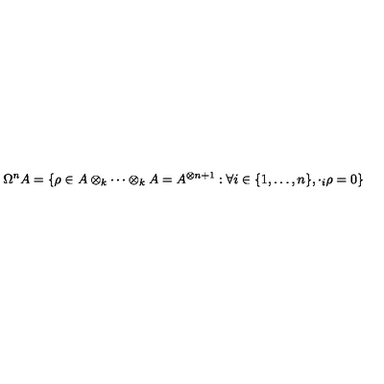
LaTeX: \Omega ^ { n } A = \{ \rho \in A \otimes _ { k } \cdots \otimes _ { k } A = A ^ { \otimes n + 1 } : \forall i \in \{ 1 , \ldots , n \} , \cdot _ { i } \rho = 0 \}